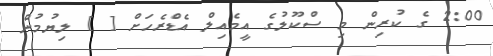
2:00 ގެ ކުރިން މި ސްކޫލުގެ އީމެއިލް އެޑްރެހަށް [ ] ލިޔުމުން